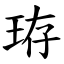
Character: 珔